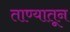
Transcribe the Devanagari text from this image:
ताण्यातून